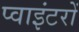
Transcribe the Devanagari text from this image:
प्वाइंटरों